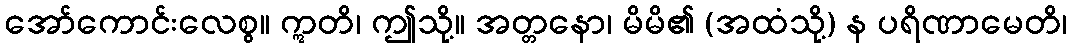
အော်ကောင်းလေစွ။ ဣတိ၊ ဤသို့။ အတ္တနော၊ မိမိ၏ (အထံသို့) န ပရိဏာမေတိ၊